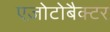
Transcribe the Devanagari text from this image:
एज़ोटोबैक्टर